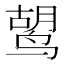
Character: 𫛷